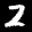
Label: 2